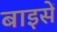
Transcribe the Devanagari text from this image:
बाइसें